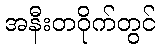
အနီးတဝိုက်တွင်